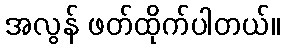
အလွန် ဖတ်ထိုက်ပါတယ်။